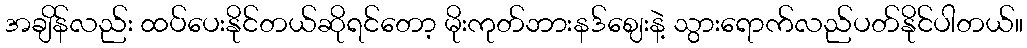
အချိန်လည်း ထပ်ပေးနိုင်တယ်ဆိုရင်တော့ မိုးကုတ်ဘားနဒ်ဈေးနဲ့ သွားရောက်လည်ပတ်နိုင်ပါတယ်။